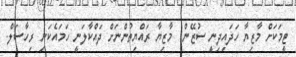
ޓީމަކަށް މާޒިޔާ ހަދައިދިނީ ސުޒޭން  މާޒިޔާ ރައްޔިތުންނަށް ދައްކާލަނީ ހަމައެކަނި ރިހާސަލް.